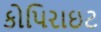
કોપિરાઇટ